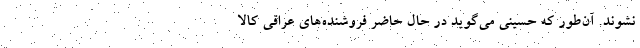
نشوند. آن‌طور که حسینی می‌گوید در حال حاضر فروشنده‌های عراقی کالا